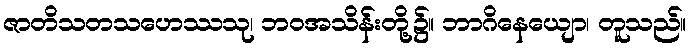
ဇာတိသတသဟေဿသု၊ ဘဝအသိန်းတို့၌။ ဘာဂိနေယျော၊ တူသည်။